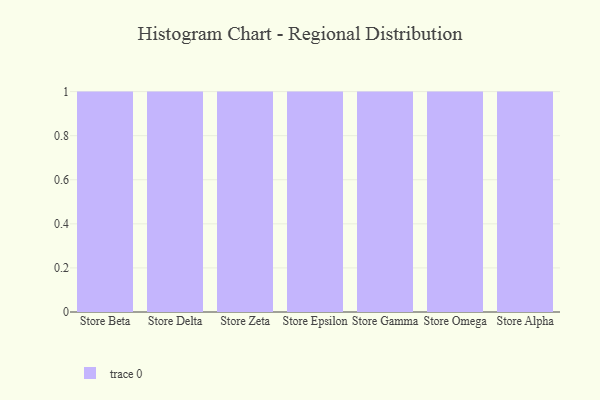
{"axis": {"x": "Store", "y": "Population (Million)"}, "legend": [""], "data": [{"x": "Store Beta", "y": 40, "type": ""}, {"x": "Store Delta", "y": 1, "type": ""}, {"x": "Store Zeta", "y": 53, "type": ""}, {"x": "Store Epsilon", "y": 26, "type": ""}, {"x": "Store Gamma", "y": 67, "type": ""}, {"x": "Store Omega", "y": 45, "type": ""}, {"x": "Store Alpha", "y": 3, "type": ""}]}